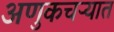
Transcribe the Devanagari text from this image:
अणुकचऱ्यात